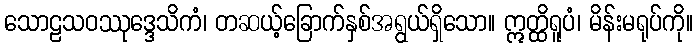
သောဠသဝဿုဒ္ဒေသိကံ၊ တဆယ့်ခြောက်နှစ်အရွယ်ရှိသော။ ဣတ္ထိရူပံ၊ မိန်းမရုပ်ကို။